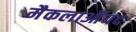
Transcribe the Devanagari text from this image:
मैकलाऑयद